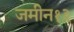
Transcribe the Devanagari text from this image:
जमीन१३